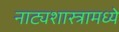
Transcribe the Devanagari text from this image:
नाट्यशास्त्रामध्ये